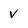
Character: v